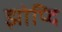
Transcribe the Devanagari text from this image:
झोप्दि